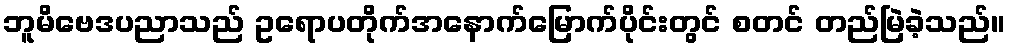
ဘူမိဗေဒပညာသည် ဥရောပတိုက်အနောက်မြောက်ပိုင်းတွင် စတင် တည်မြဲခဲ့သည်။